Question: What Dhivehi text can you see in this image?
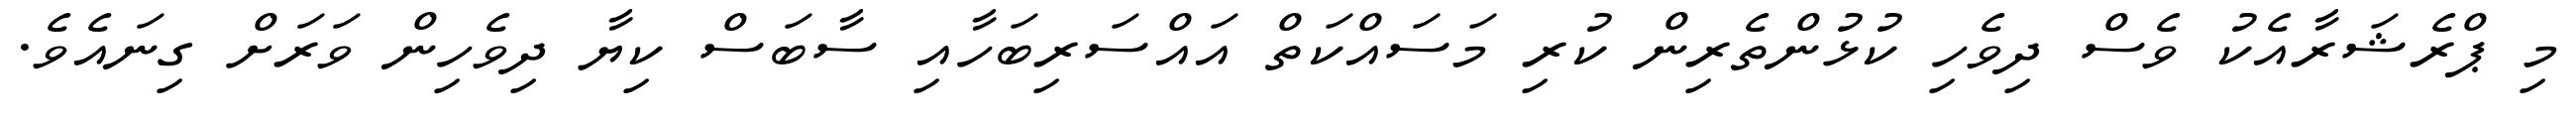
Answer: މި ޕްރެޝަރާއެކު ވެސް ދިވެހި ކުޅުންތެރިން ކުރި މަސައްކަތް އައްސަރިބަހާއި ސާބަސް ކިޔާ ދިވެހިން ވަރަށް ގިނައެވެ.